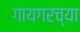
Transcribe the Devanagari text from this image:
गायगरच्या